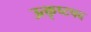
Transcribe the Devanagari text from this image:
उत्कृष्टपद